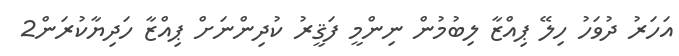
އަހަރު ދުވަހު ހިލޭ ޕިއްޒާ ލިބުމުން ނިންމީ ފަޤީރު ކުދިންނަށް ޕިއްޒާ ހަދިޔާކުރަން2